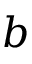
b